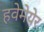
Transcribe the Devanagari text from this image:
हवेमेयेर